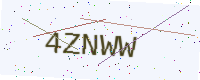
Text: 4ZNWW